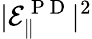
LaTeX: |\mathcal{E}_{\| }^{\mathrm{~P~D~}}|^{2}